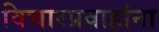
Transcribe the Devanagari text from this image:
विचारप्रवाहांना